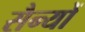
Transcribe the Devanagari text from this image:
सैन्यों